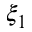
\xi _ { 1 }